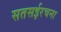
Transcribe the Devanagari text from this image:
सतसईरचना